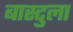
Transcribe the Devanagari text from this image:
बास्टुला